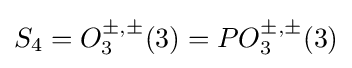
S_{4}=O_{3}^{\pm ,\pm }(3)=PO_{3}^{\pm ,\pm }(3)